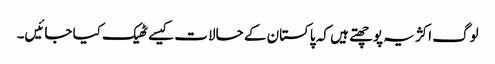
لوگ اکژ یہ پوچھتے ہیں کہ پاکستان کے حالات کیسے ٹھیک کیا جائیں۔